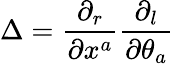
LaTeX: \Delta={\frac{\partial_{r}}{\partial x^{a}}}{\frac{\partial_{l}}{\partial\theta_{a}}}